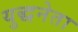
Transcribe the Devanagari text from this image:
युद्धनेता